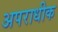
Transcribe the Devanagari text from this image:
अपराधीक